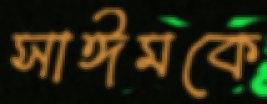
সাঈমকে